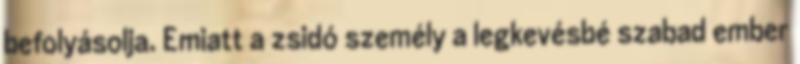
befolyásolja. Emiatt a zsidó személy a legkevésbé szabad ember